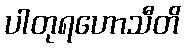
ပါတုရဟောသီတိ